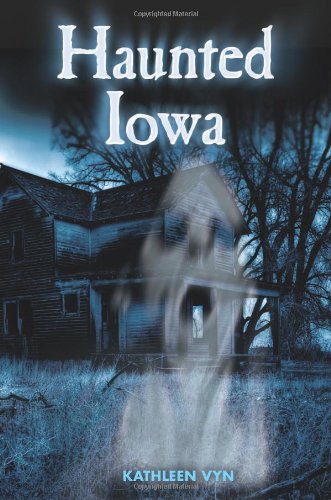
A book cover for Haunted Iowa; Kathleen Vyn; Travel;